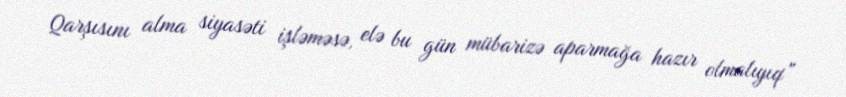
Qarşısını alma siyasəti işləməsə, elə bu gün mübarizə aparmağa hazır olmalıyıq”